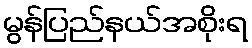
မွန်ပြည်နယ်အစိုးရ